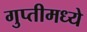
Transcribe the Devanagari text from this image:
गुप्तीमध्ये